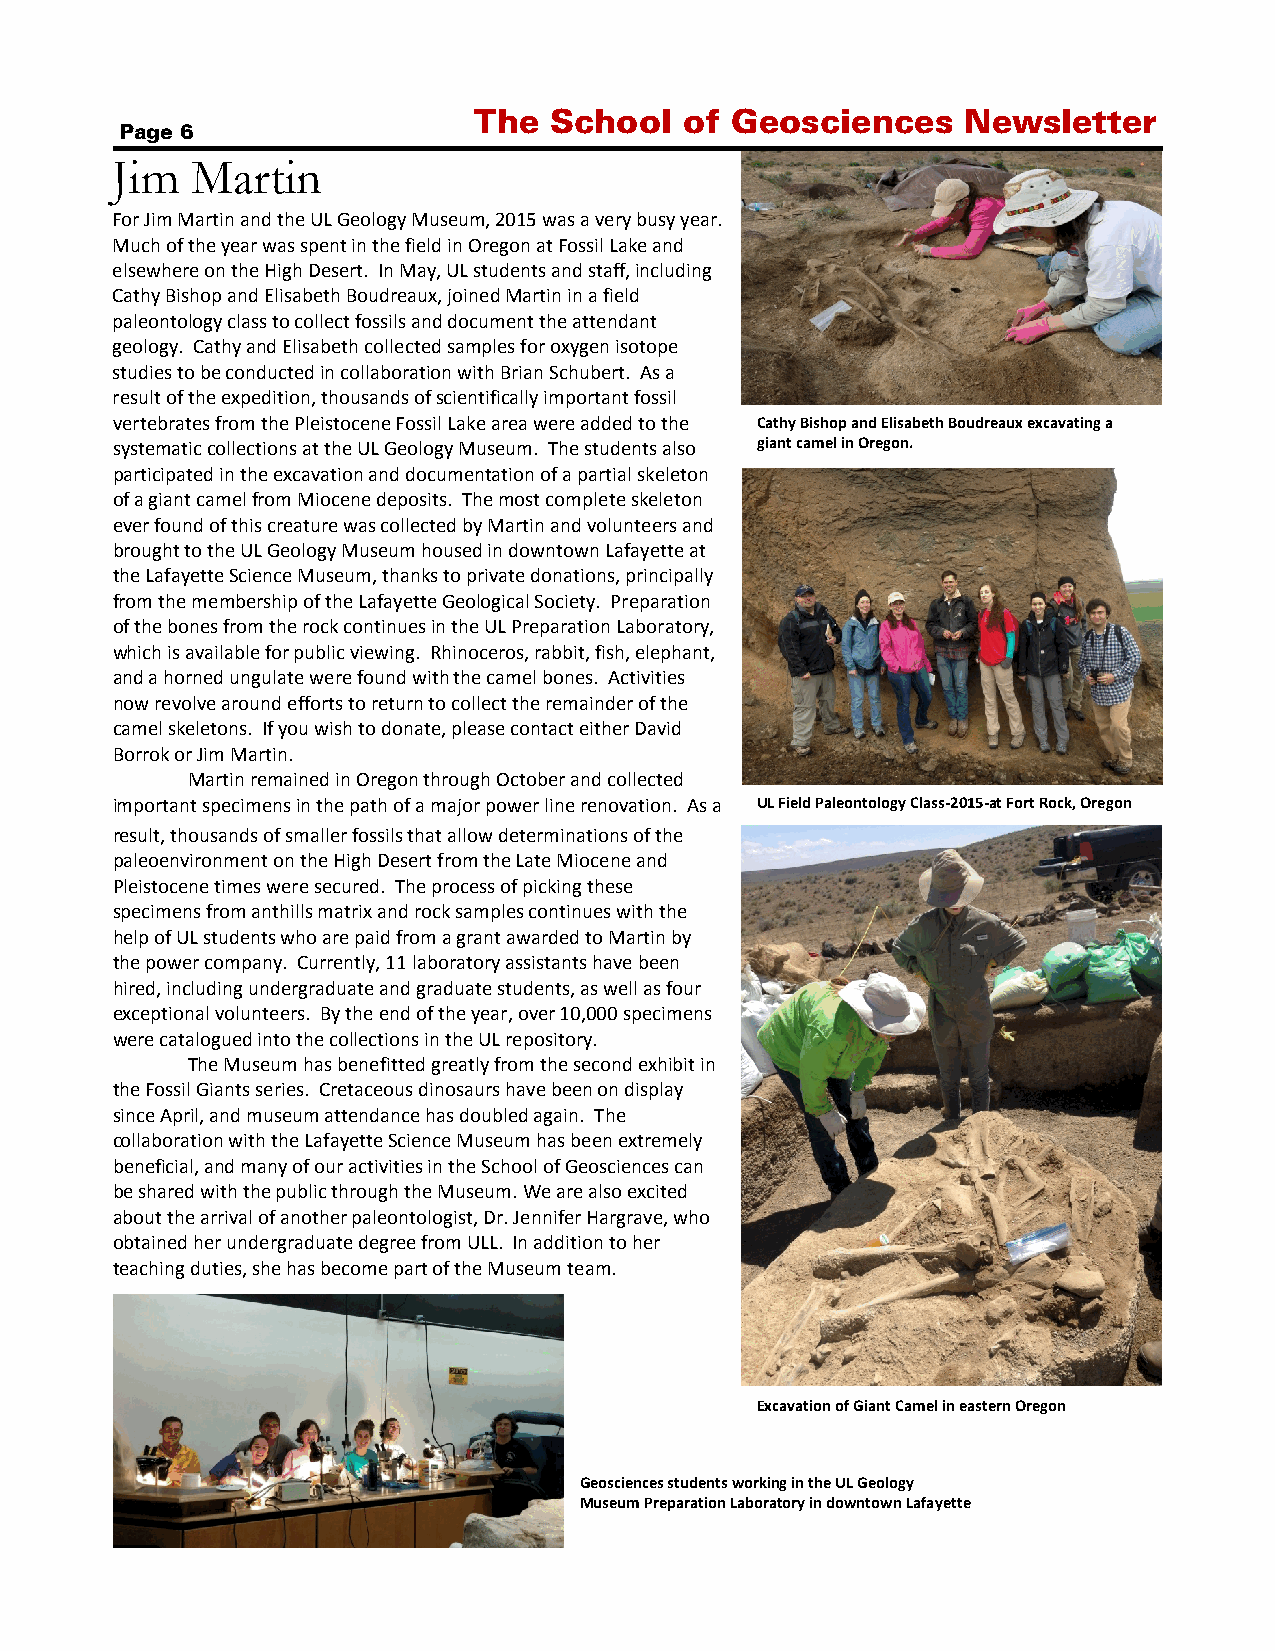
The  School   of Geosciences     Newsletter
 Page 6
 Jim   Martin
 For Jim Martin and the UL Geology Museum, 2015 was a very busy year.
 Much of the year was spent in the field in Oregon at Fossil Lake and
 elsewhere on the High Desert. In May, UL students and staff, including
 Cathy Bishop and Elisabeth Boudreaux, joined Martin in a field
 paleontology class to collect fossils and document the attendant
 geology. Cathy and Elisabeth collected samples for oxygen isotope
 studies to be conducted in collaboration with Brian Schubert. As a
 result of the expedition, thousands of scientifically important fossil
 vertebrates from the Pleistocene Fossil Lake area were added to the Cathy Bishop and Elisabeth Boudreaux excavating a
 systematic collections at the UL Geology Museum. The students also giant camel in Oregon.
 participated in the excavation and documentation of a partial skeleton
 of a giant camel from Miocene deposits. The most complete skeleton
 ever found of this creature was collected by Martin and volunteers and
 brought to the UL Geology Museum housed in downtown Lafayette at
 the Lafayette Science Museum, thanks to private donations, principally
 from the membership of the Lafayette Geological Society. Preparation
 of the bones from the rock continues in the UL Preparation Laboratory,
 which is available for public viewing. Rhinoceros, rabbit, fish, elephant,
 and a horned ungulate were found with the camel bones. Activities
 now revolve around efforts to return to collect the remainder of the
 camel skeletons. If you wish to donate, please contact either David
 Borrok or Jim Martin.
 Martin remained in Oregon through October and collected
 important specimens in the path of a major power line renovation. As a UL Field Paleontology Class-2015-at Fort Rock, Oregon
 result, thousands of smaller fossils that allow determinations of the
 paleoenvironment on the High Desert from the Late Miocene and
 Pleistocene times were secured. The process of picking these
 specimens from anthills matrix and rock samples continues with the
 help of UL students who are paid from a grant awarded to Martin by
 the power company. Currently, 11 laboratory assistants have been
 hired, including undergraduate and graduate students, as well as four
 exceptional volunteers. By the end of the year, over 10,000 specimens
 were catalogued into the collections in the UL repository.
 The Museum has benefitted greatly from the second exhibit in
 the Fossil Giants series. Cretaceous dinosaurs have been on display
 since April, and museum attendance has doubled again. The
 collaboration with the Lafayette Science Museum has been extremely
 beneficial, and many of our activities in the School of Geosciences can
 be shared with the public through the Museum. We are also excited
 about the arrival of another paleontologist, Dr. Jennifer Hargrave, who
 obtained her undergraduate degree from ULL. In addition to her
 teaching duties, she has become part of the Museum team.
 Excavation of Giant Camel in eastern Oregon
 Geosciences students working in the UL Geology
 Museum Preparation Laboratory in downtown Lafayette